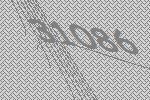
31086